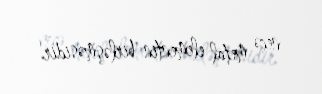
neçə metal elementin birləşməsidir.